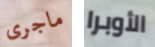
ماجرى الأوبرا